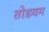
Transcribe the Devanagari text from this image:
तोडयम